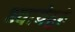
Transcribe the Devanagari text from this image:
ध्यायेद्गुरुं